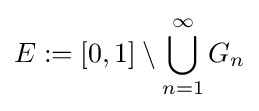
E:=[0,1]\setminus \bigcup _{n=1}^{\infty }G_{n}